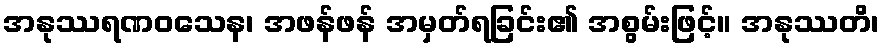
အနုဿရဏဝသေန၊ အဖန်ဖန် အမှတ်ရခြင်း၏ အစွမ်းဖြင့်။ အနုဿတိ၊